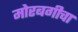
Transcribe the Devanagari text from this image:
मोरबगीचा